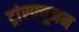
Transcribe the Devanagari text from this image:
ट्रांस्फ्यूजन